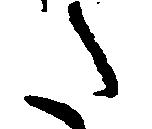
た